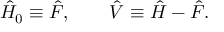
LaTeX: { \hat { H } } _ { 0 } \equiv { \hat { F } } , \qquad { \hat { V } } \equiv { \hat { H } } - { \hat { F } } .